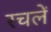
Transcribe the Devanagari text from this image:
रचलें